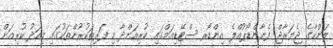
ލަންކާގެ ޖެޔަރާޖް ފެނާންޑޯޕުއްލެ އިންޑޯރ ސްޓޭޑިއަމްގައި ކުރިއަށްދާ މި ފަރިތަކުރުންތަކުގައި މިއަދު ކުރިއަށް